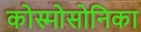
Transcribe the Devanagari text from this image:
कोस्मोसोनिका